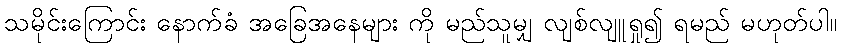
သမိုင်းကြောင်း နောက်ခံ အခြေအနေများ ကို မည်သူမျှ လျစ်လျူရှု၍ ရမည် မဟုတ်ပါ။